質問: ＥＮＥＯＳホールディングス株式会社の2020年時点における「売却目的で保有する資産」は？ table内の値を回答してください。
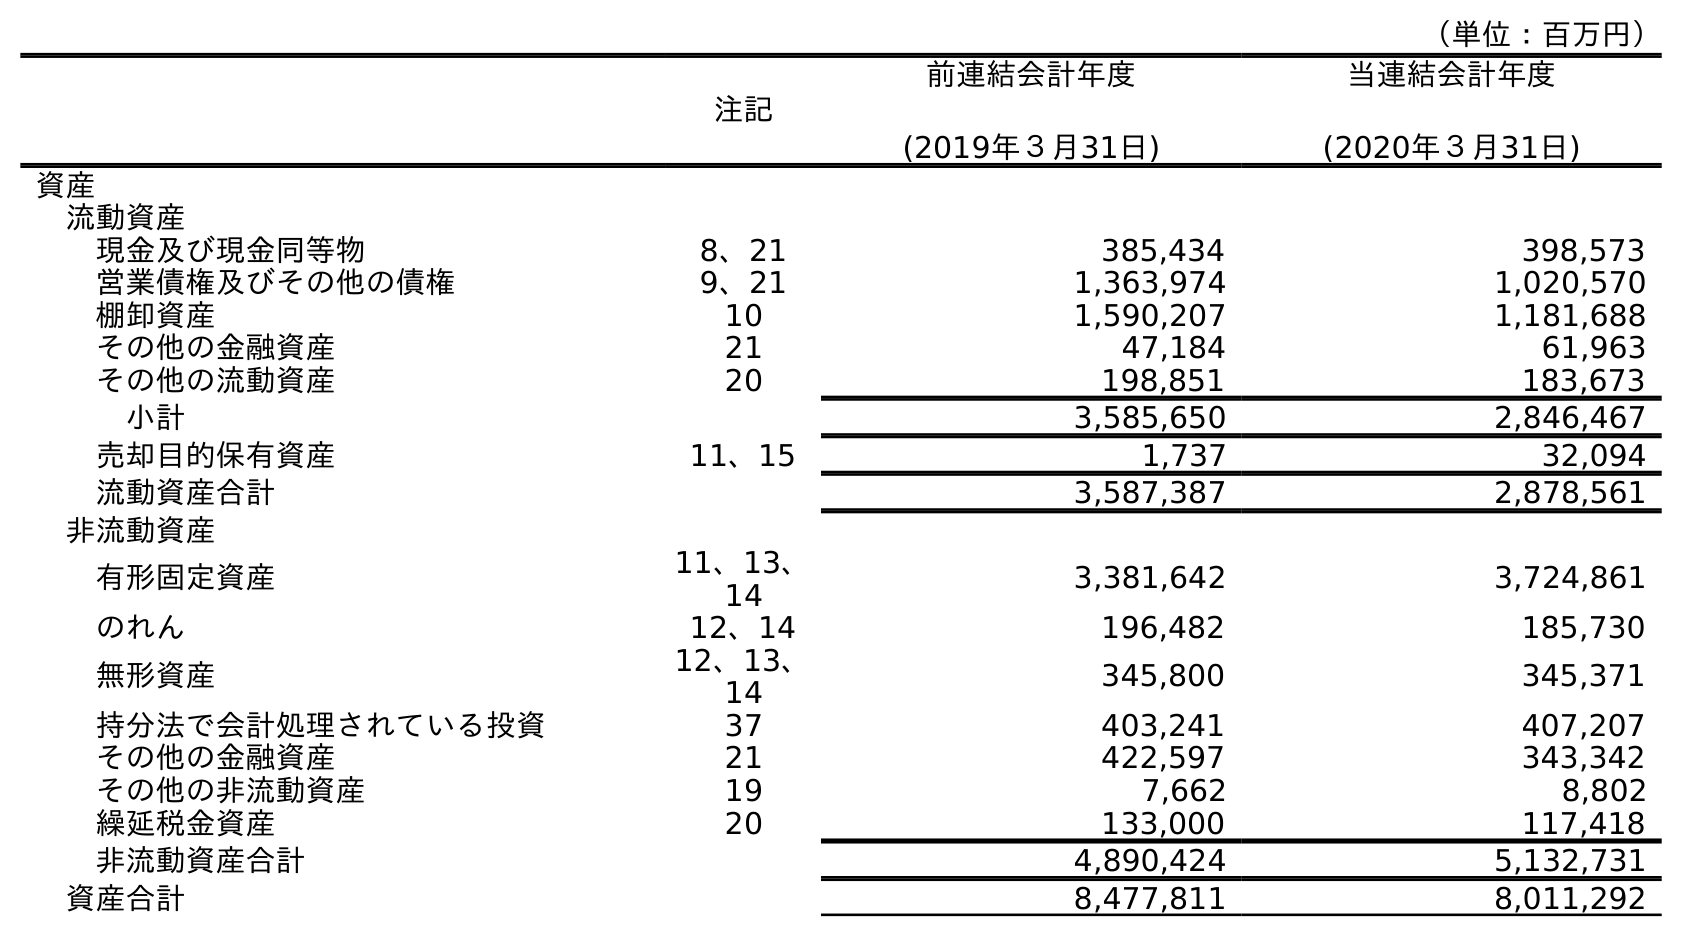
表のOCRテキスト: （単位：百万円） 注記 前連結会計年度 (2019年３月31日) 当連結会計年度 (2020年３月31日) 資産 流動資産 現金及び現金同等物 8、21 385,434 398,573 営業債権及びその他の債権 9、21 1,363,974 1,020,570 棚卸資産 10 1,590,207 1,181,688 その他の金融資産 21 47,184 61,963 その他の流動資産 20 198,851 183,673 小計 3,585,650 2,846,467 売却目的保有資産 11、15 1,737 32,094 流動資産合計 3,587,387 2,878,561 非流動資産 有形固定資産 11、13、 14 3,381,642 3,724,861 のれん 12、14 196,482 185,730 無形資産 12、13、 14 345,800 345,371 持分法で会計処理されている投資 37 403,241 407,207 その他の金融資産 21 422,597 343,342 その他の非流動資産 19 7,662 8,802 繰延税金資産 20 133,000 117,418 非流動資産合計 4,890,424 5,132,731 資産合計 8,477,811 8,011,292
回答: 32,094